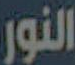
النور